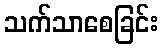
သက်သာစေခြင်း